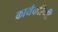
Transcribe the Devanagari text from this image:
कार्यकरिणी